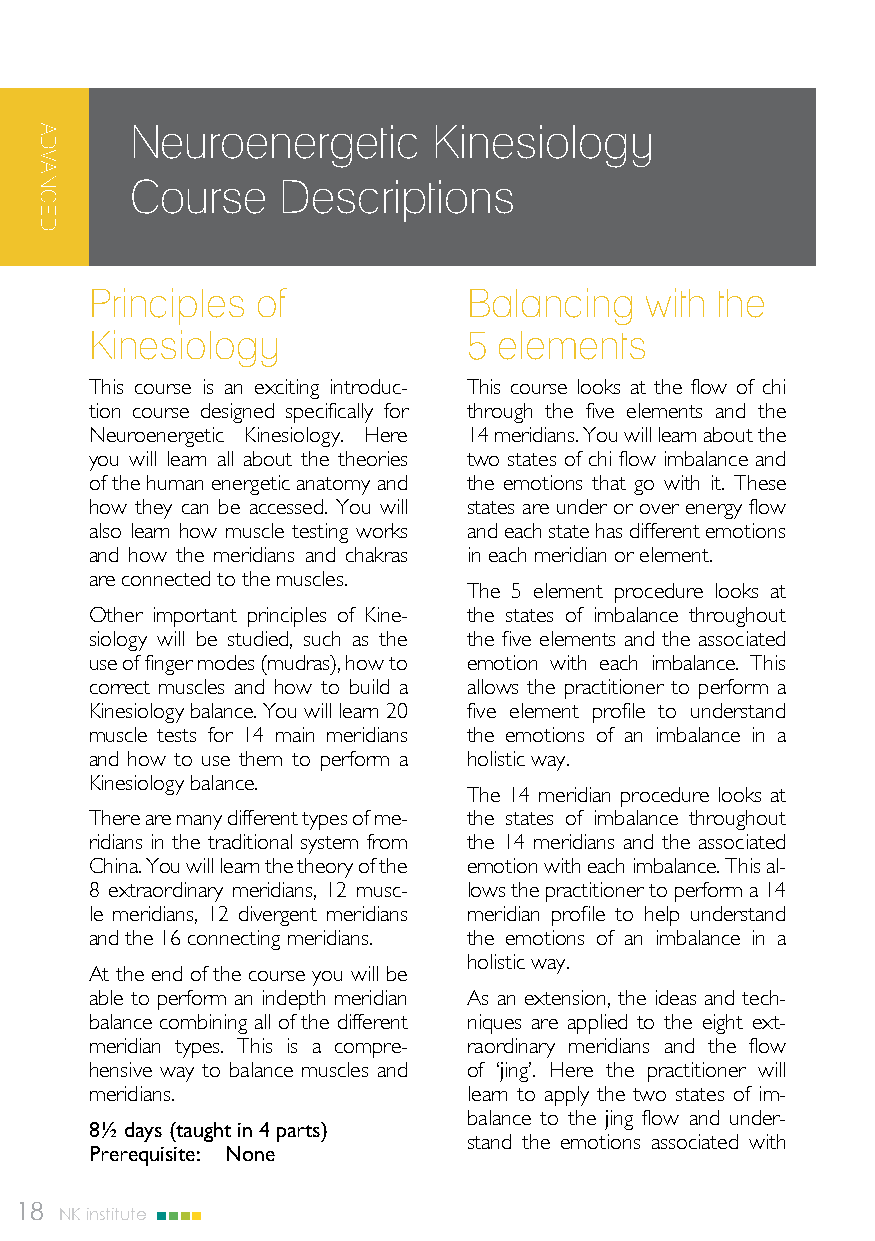
Neuroenergetic      Kinesiology
 Course    Descriptions
 Principles of            Balancing   with the
 Kinesiology              5 elements
 This course is an exciting introduc- This course looks at the flow of chi
 tion course designed specifically for through the five elements and the
 Neuroenergetic Kinesiology. Here 14 meridians. You will learn about the
 you will learn all about the theories two states of chi flow imbalance and
 of the human energetic anatomy and the emotions that go with it. These
 how they can be accessed. You will states are under or over energy flow
 also learn how muscle testing works and each state has different emotions
 and how the meridians and chakras in each meridian or element.
 are connected to the muscles.
 The 5 element procedure looks at
 Other important principles of Kine- the states of imbalance throughout
 siology will be studied, such as the the five elements and the associated
 use of finger modes (mudras), how to emotion with each imbalance. This
 correct muscles and how to build a allows the practitioner to perform a
 Kinesiology balance. You will learn 20 five element profile to understand
 muscle tests for 14 main meridians the emotions of an imbalance in a
 and how to use them to perform a holistic way.
 Kinesiology balance.
 The 14 meridian procedure looks at
 There are many different types of me- the states of imbalance throughout
 ridians in the traditional system from the 14 meridians and the associated
 China. You will learn the theory of the emotion with each imbalance. This al-
 8 extraordinary meridians, 12 musc- lows the practitioner to perform a 14
 le meridians, 12 divergent meridians meridian profile to help understand
 and the 16 connecting meridians. the emotions of an imbalance in a
 holistic way.
 At the end of the course you will be
 able to perform an indepth meridian As an extension, the ideas and tech-
 balance combining all of the different niques are applied to the eight ext-
 meridian types. This is a compre- raordinary meridians and the flow
 hensive way to balance muscles and of ‘jing’. Here the practitioner will
 meridians.               learn to apply the two states of im-
 balance to the jing flow and under-
 8½ days (taught in 4 parts)
 stand the emotions associated with
 Prerequisite: None
 18 NK institute
 ADVANCED